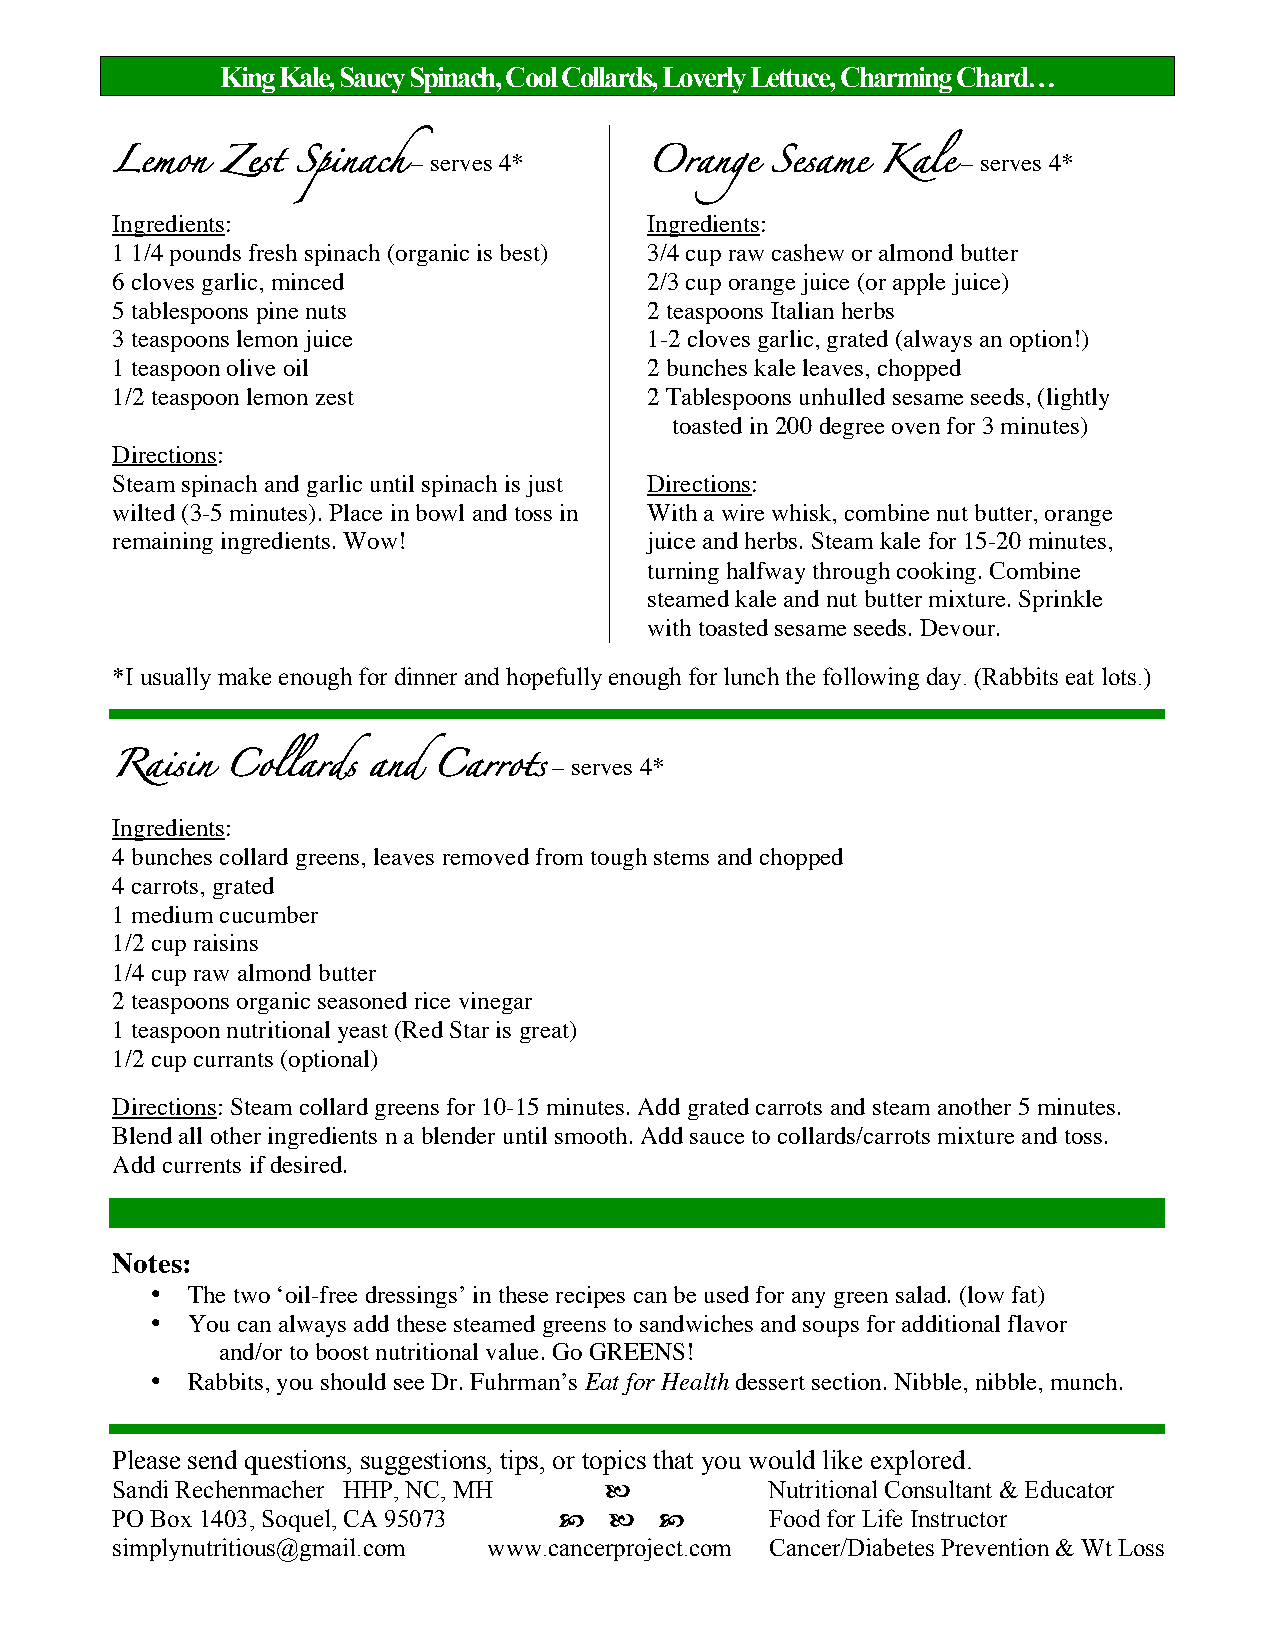
King Kale, Saucy Spinach, Cool Collards, Loverly Lettuce, Charming Chard…
 – serves 4*                          – serves 4*
 Lemon   Zest Spinach                Orange  Sesame Kale
 Ingredients:                        Ingredients:
 1 1/4 pounds fresh spinach (organic is best) 3/4 cup raw cashew or almond butter
 6 cloves garlic, minced             2/3 cup orange juice (or apple juice)
 5 tablespoons pine nuts             2 teaspoons Italian herbs
 3 teaspoons lemon juice             1-2 cloves garlic, grated (always an option!)
 1 teaspoon olive oil                2 bunches kale leaves, chopped
 1/2 teaspoon lemon zest             2 Tablespoons unhulled sesame seeds, (lightly
 toasted in 200 degree oven for 3 minutes)
 Directions:
 Steam spinach and garlic until spinach is just Directions:
 wilted (3-5 minutes). Place in bowl and toss in With a wire whisk, combine nut butter, orange
 remaining ingredients. Wow!         juice and herbs. Steam kale for 15-20 minutes,
 turning halfway through cooking. Combine
 steamed kale and nut butter mixture. Sprinkle
 with toasted sesame seeds. Devour.
 *I usually make enough for dinner and hopefully enough for lunch the following day. (Rabbits eat lots.)
 – serves 4*
 Raisin  Collards and  Carrots
 Ingredients:
 4 bunches collard greens, leaves removed from tough stems and chopped
 4 carrots, grated
 1 medium cucumber
 1/2 cup raisins
 1/4 cup raw almond butter
 2 teaspoons organic seasoned rice vinegar
 1 teaspoon nutritional yeast (Red Star is great)
 1/2 cup currants (optional)
 Directions: Steam collard greens for 10-15 minutes. Add grated carrots and steam another 5 minutes.
 Blend all other ingredients n a blender until smooth. Add sauce to collards/carrots mixture and toss.
 Add currents if desired.
 Notes:
 • The two ‘oil-free dressings’ in these recipes can be used for any green salad. (low fat)
 • You can always add these steamed greens to sandwiches and soups for additional flavor
 and/or to boost nutritional value. Go GREENS!
 • Rabbits, you should see Dr. Fuhrman’s Eat for Health dessert section. Nibble, nibble, munch.
 Please send questions, suggestions, tips, or topics that you would like explored.
 Sandi Rechenmacher HHP, NC, MH             Nutritional Consultant & Educator
 PO Box 1403, Soquel, CA 95073            Food for Life Instructor
 simplynutritious@gmail.com www.cancerproject.com Cancer/Diabetes Prevention & Wt Loss